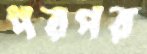
পরপর